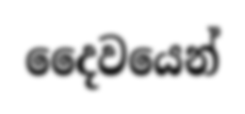
දෛවයෙන්